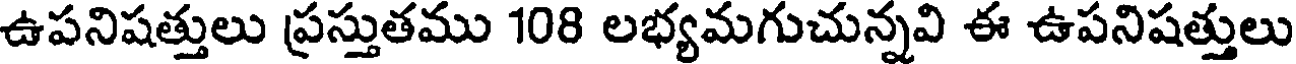
ఉపనిషత్తులు ప్రస్తుతము 108 లభ్యమగుచున్నవి ఈ ఉపనిషత్తులు